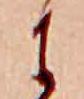
に